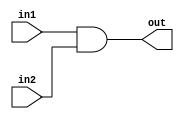
module and_gate(in1,in2,out);

  input in1,in2;
  output out;

  assign #(1,1) out = (in1 && in2);

endmodule